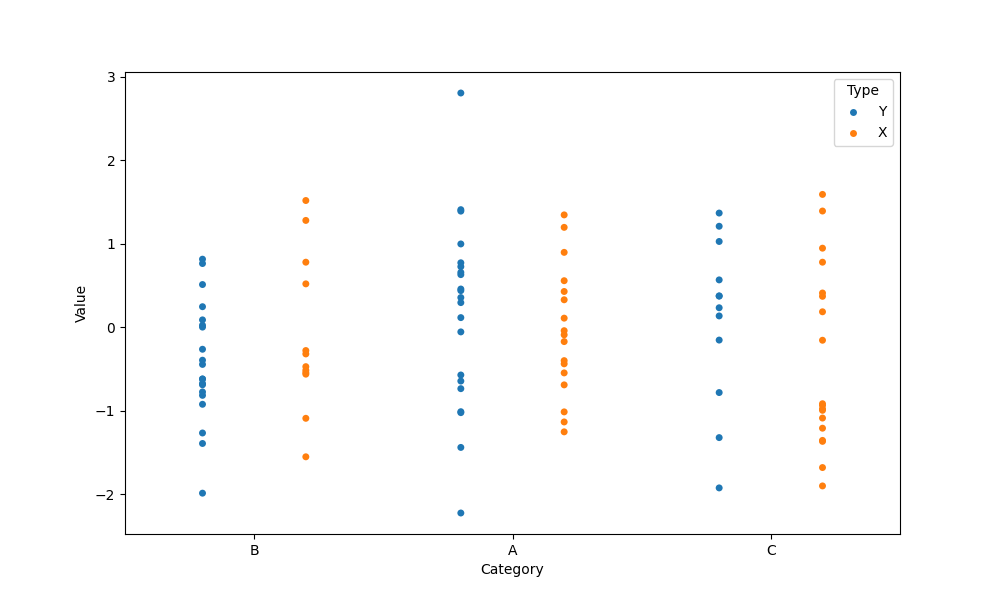
python, seaborn, stripplot, jitter=False, dodge=True, alpha=1.0, size=5